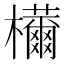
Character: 𣠝